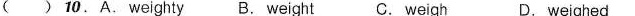
( )10.A.Weighty B. Weight C. Weigh D. weighed